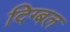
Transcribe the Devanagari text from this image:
दिग्बल